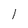
Character: l